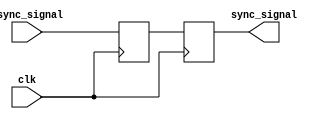
module dual_ff_synchronizer (
    input wire clk,               // System clock
    input wire async_signal,      // Asynchronous input signal
    output reg sync_signal        // Synchronized output signal
);

    // Intermediate signal for first flip-flop
    reg ff1_out;

    // First Flip-Flop (FF1)
    always @(posedge clk) begin
        ff1_out <= async_signal; // Capture async signal on clock edge
    end

    // Second Flip-Flop (FF2)
    always @(posedge clk) begin
        sync_signal <= ff1_out;   // Capture output of FF1 on next clock edge
    end

    // Optional: Asynchronous reset functionality
    // Uncomment the following lines if reset functionality is needed
    /*
    always @(posedge clk or posedge reset) begin
        if (reset) begin
            ff1_out <= 1'b0;       // Reset FF1 output
            sync_signal <= 1'b0;    // Reset synchronous signal
        end else begin
            ff1_out <= async_signal; // Capture async signal on clock edge
            sync_signal <= ff1_out;   // Capture output of FF1 on next clock edge
        end
    end
    */

endmodule